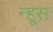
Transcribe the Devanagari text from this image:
न्हूस